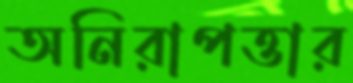
অনিরাপত্তার